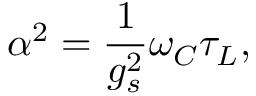
\alpha ^ { 2 } = \frac { 1 } { g _ { s } ^ { 2 } } \omega _ { C } \tau _ { L } ,